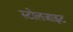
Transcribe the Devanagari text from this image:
स्टोलजाइट